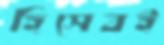
হিসেবই